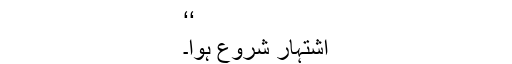
‘‘
اشتہار شروع ہوا۔